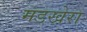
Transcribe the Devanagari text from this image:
मडखेरा